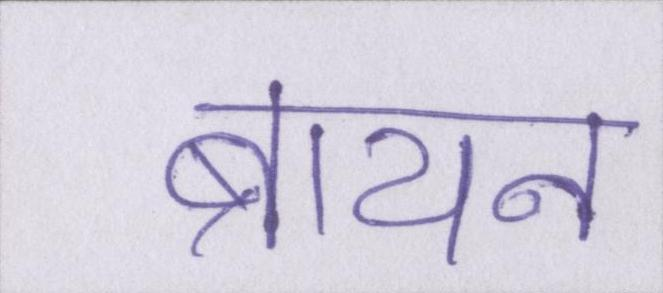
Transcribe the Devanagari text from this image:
ब्रायन